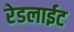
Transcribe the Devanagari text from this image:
रेडलाईट